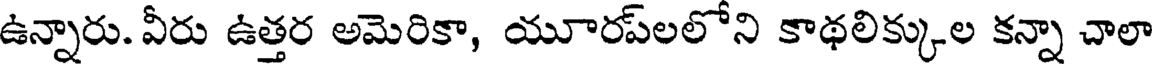
ఉన్నారు. వీరు ఉత్తర అమెరికా, యూరప్లలోని కాథలిక్కుల కన్నా చాలా